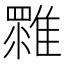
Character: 𩀚